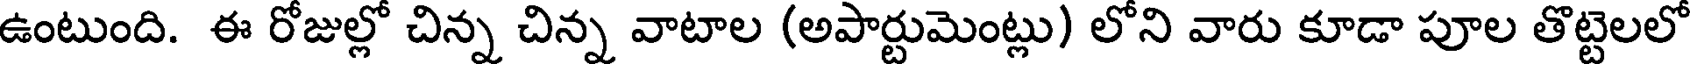
ఉంటుంది. ఈ రోజుల్లో చిన్న చిన్న వాటాల (అపార్టుమెంట్లు) లోని వారు కూడా పూల తొట్టెలలో